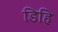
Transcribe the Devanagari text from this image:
डिहि